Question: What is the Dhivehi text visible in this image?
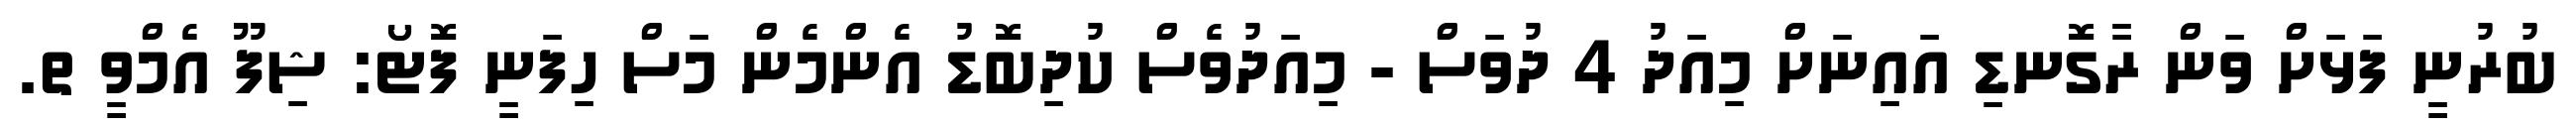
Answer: ބުރުނީ ފަޅަށް ވަން ރާގޮނޑި އައިނަށް މިއަދު 4 ދުވަސް - މިއަދުވެސް ކުދިބޮޑު އެންމެން މަސް ހިފަނީ ފޮޓޯ: ޝިފޫ އެމްވީ ތ.